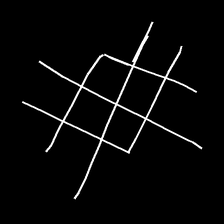
Glyph: crystal